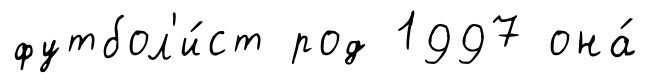
футбол'и́ст род 1997 она́